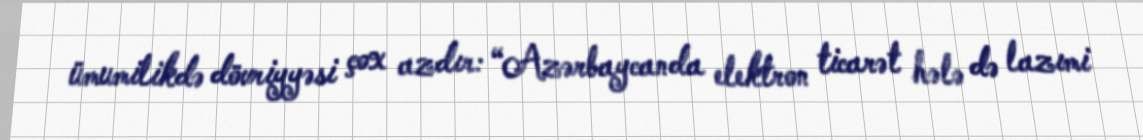
ümumilikdə dövriyyəsi çox azdır: “Azərbaycanda elektron ticarət hələ də lazımi